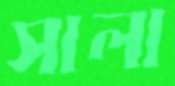
সালা